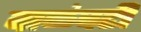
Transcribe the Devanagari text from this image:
वाळंवटी